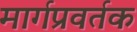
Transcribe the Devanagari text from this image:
मार्गप्रवर्तक